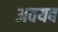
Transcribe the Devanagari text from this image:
अवयब